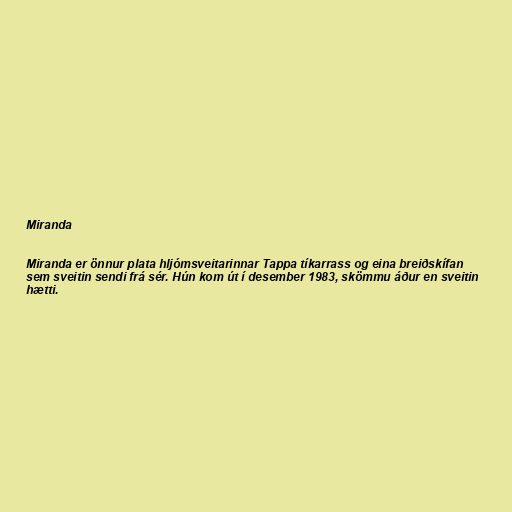
Miranda

Miranda er önnur plata hljómsveitarinnar Tappa tíkarrass og eina breiðskífan
sem sveitin sendi frá sér. Hún kom út í desember 1983, skömmu áður en sveitin
hætti.